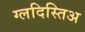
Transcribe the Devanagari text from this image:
ग्लदिस्तिअ